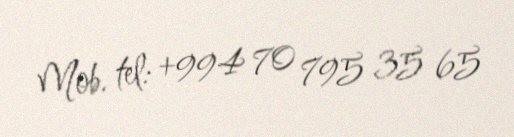
Mob. tel: +994 70 795 35 65